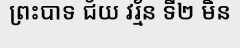
ព្រះបាទ ជ័យ វរ្ម័ន ទី២ មិន